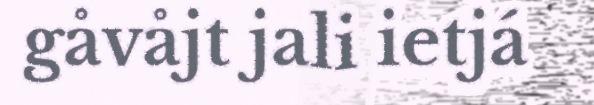
gåvåjt jali ietjá